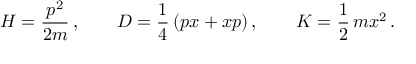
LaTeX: { \cal H } = \frac { p ^ { 2 } } { 2 m } \, , \qquad { \cal D } = \frac { 1 } { 4 } \, ( p x + x p ) \, , \qquad { \cal K } = \frac { 1 } { 2 } \, m x ^ { 2 } \, .